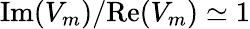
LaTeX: \mathrm{Im}(V_{m})/\mathrm{Re}(V_{m})\simeq 1